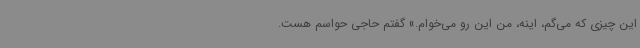
این چیزی که می‌گم، اینه، من این رو می‌خوام.» گفتم حاجی حواسم هست.